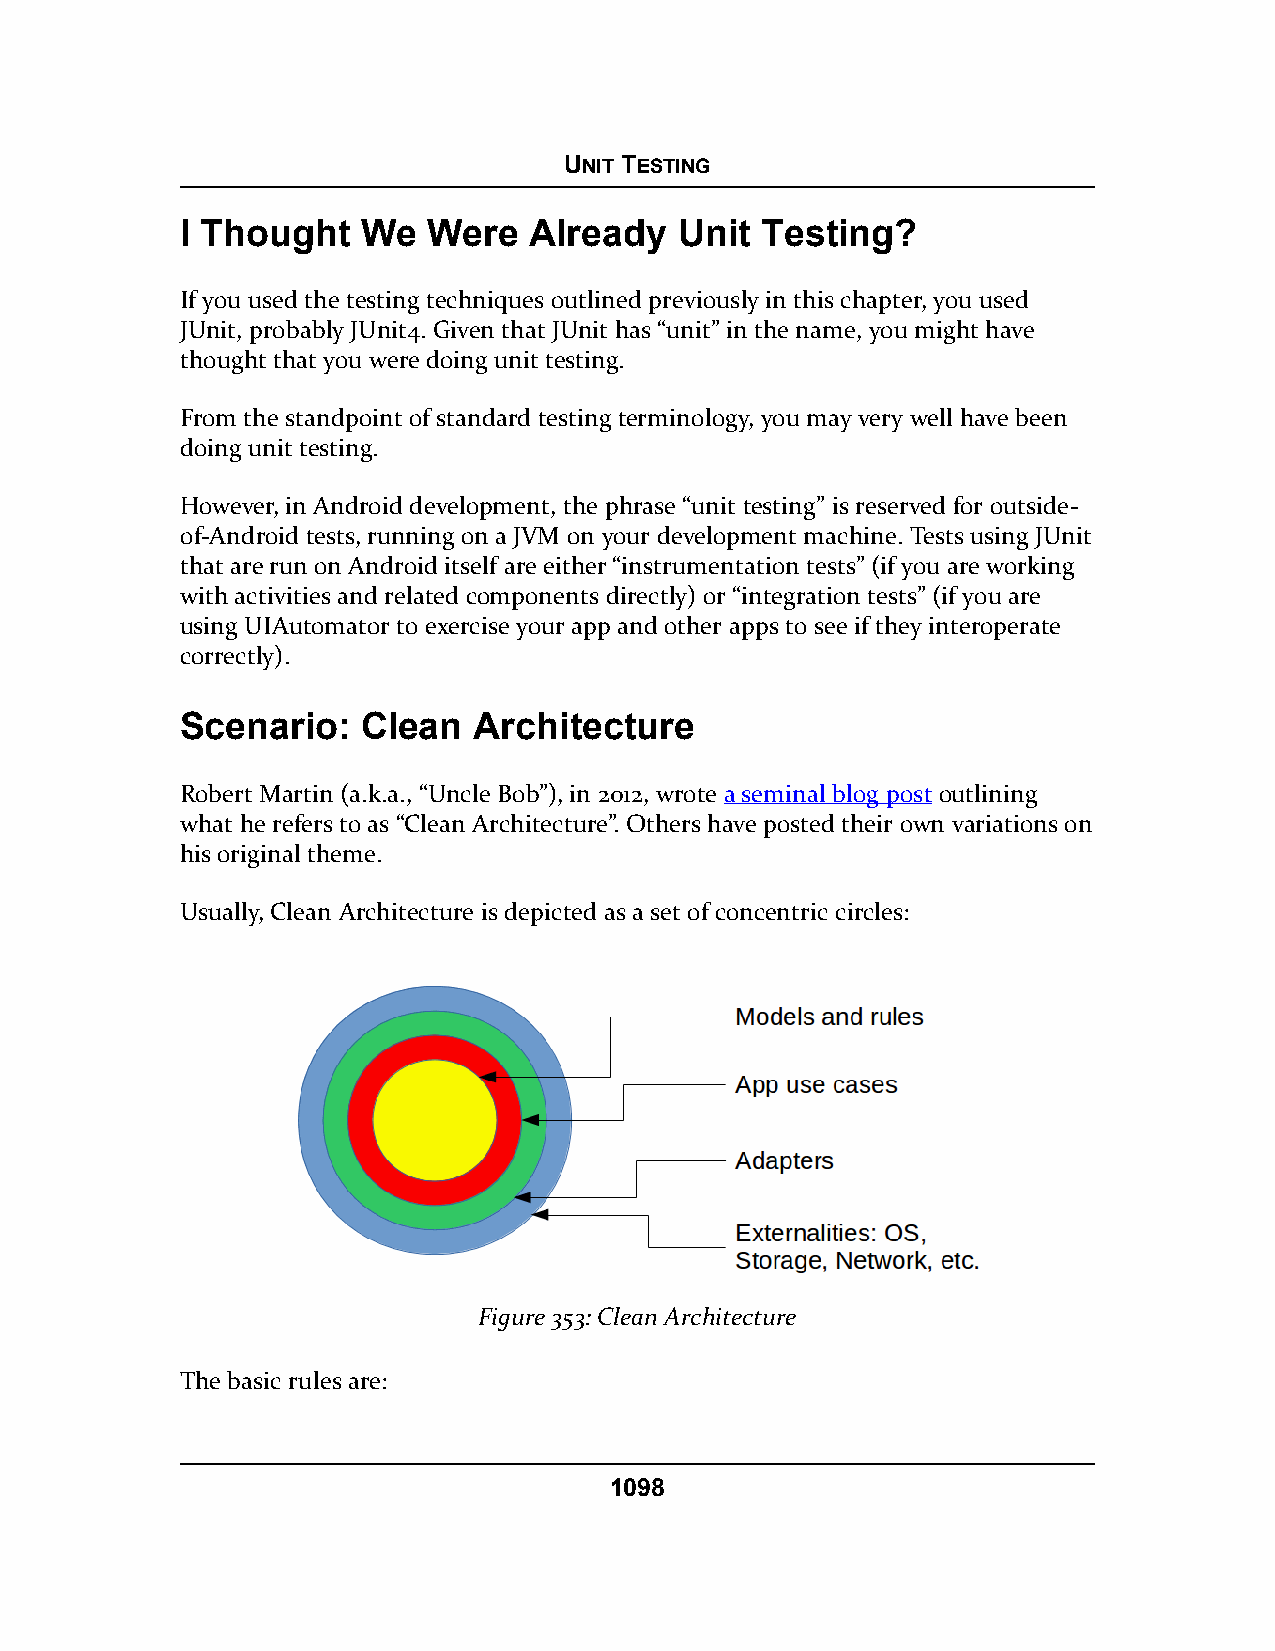
UNIT TESTING
 I Thought   We  Were   Already   Unit Testing?
 If you used the testing techniques outlined previously in this chapter, you used
 JUnit, probably JUnit4. Given that JUnit has “unit” in the name, you might have
 thought that you were doing unit testing.
 From the standpoint of standard testing terminology, you may very well have been
 doing unit testing.
 However, in Android development, the phrase “unit testing” is reserved for outside-
 of-Android tests, running on a JVM on your development machine. Tests using JUnit
 that are run on Android itself are either “instrumentation tests” (if you are working
 with activities and related components directly) or “integration tests” (if you are
 using UIAutomator to exercise your app and other apps to see if they interoperate
 correctly).
 Scenario:   Clean  Architecture
 Robert Martin (a.k.a., “Uncle Bob”), in 2012, wrote a seminal blog post outlining
 what he refers to as “Clean Architecture”. Others have posted their own variations on
 his original theme.
 Usually, Clean Architecture is depicted as a set of concentric circles:
 Figure 353: Clean Architecture
 The basic rules are:
 1098